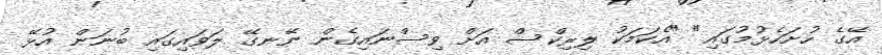
އޭގެ ހުށަހެޅުމުގައި" "އެކަމަކު ލިރިކްސް އަށް ވިސްނައިގެން ނޭނގޭ ލަވައިގައި ބުނަން އުޅޭ